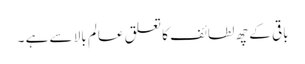
باقی کے چھ لطائف کا تعلق عالم بالا سے ہے ۔